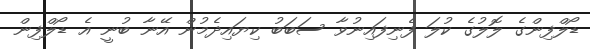
ޑޯލްފިންގެ ލޮލުގެ ކުލަ ފެނިފައިނުވާ ސަބަބު ކިޔައިދެމުން އޭނާ ބުނީ އެ ޑޯލްފިން